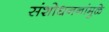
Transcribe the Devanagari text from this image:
संशोधननांमुळे